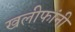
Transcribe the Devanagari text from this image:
खलीफांनी